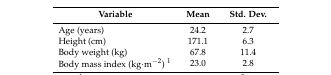
| Variable | Mean | Std. Dev. |
 | --- | --- | --- |
 | Age (years) | 24.2 | 2.7 |
 | Height (cm) | 171.1 | 6.3 |
 | Body weight (kg) | 67.8 | 11.4 |
 | Body mass index (kg∙m−2) 1 | 23.0 | 2.8 |